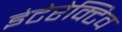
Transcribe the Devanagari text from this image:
इंटेरेक्टिव